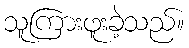
သူကြားဖူးခဲ့သည်။